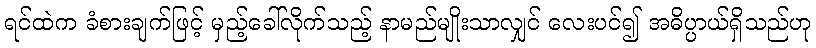
ရင်ထဲက ခံစားချက်ဖြင့် မှည့်ခေါ်လိုက်သည့် နာမည်မျိုးသာလျှင် လေးပင်၍ အဓိပ္ပာယ်ရှိသည်ဟု